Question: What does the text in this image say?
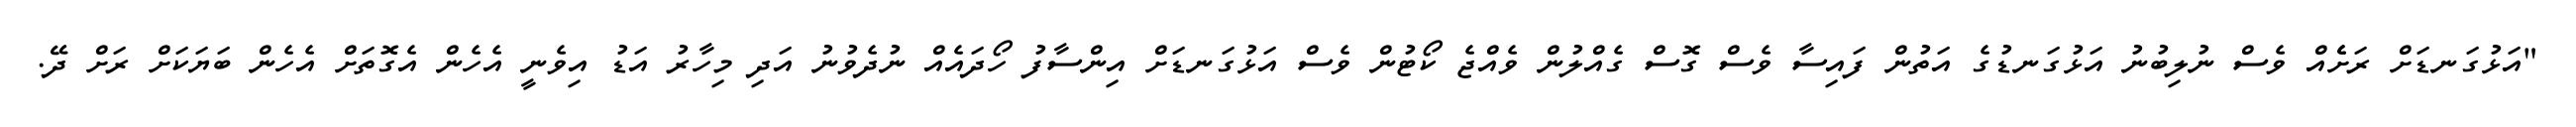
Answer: "އަޅުގަނޑަށް ރަށެެއް ވެސް ނުލިބުނު އަޅުގަނޑުގެ އަތުން ފައިސާ ވެސް ގޮސް ގެއްލުން ވެއްޖެ ކޯޓުން ވެސް އަޅުގަނޑަށް އިންސާފު ހޯދައެއް ނުދެވުނު އަދި މިހާރު އަޑު އިވެނީ އެހެން އެގޮތަށް އެހެން ބަޔަކަށް ރަށް ދޭ.